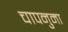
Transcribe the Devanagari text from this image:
चापनुमा